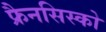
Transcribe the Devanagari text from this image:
फ्रैनसिस्को